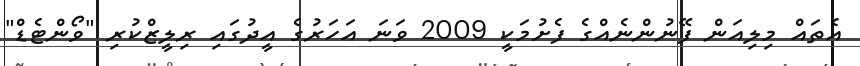
އެތައް މިލިއަން ފޭނުންނެއްގެ ފެށުމަކީ 2009 ވަނަ އަހަރުގެ އީދުގައި ރިިލީޒްކުރި "ވޯންޓެޑް"